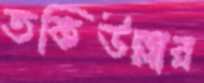
তকিউল্লার